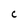
Character: c